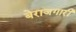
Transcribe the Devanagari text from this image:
बेराजगारी